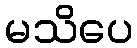
မသိပေ